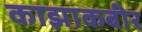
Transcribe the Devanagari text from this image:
काझाकबीर